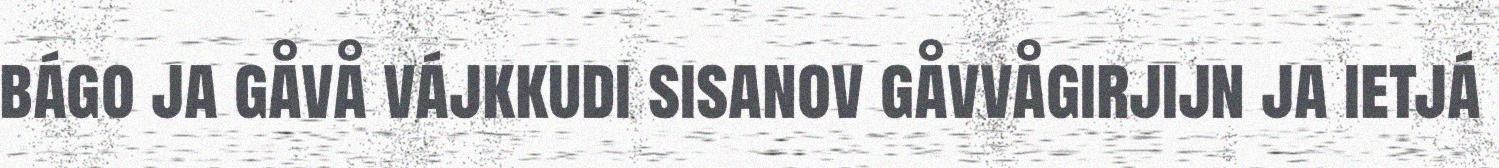
bágo ja gåvå vájkkudi sisanov gåvvågirjijn ja ietjá